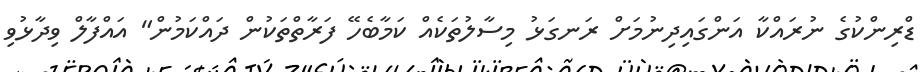
ޑްރިންކުގެ ނުރައްކާ އަންގައިދިނުމަށް ރަނގަޅު މިސާލުތަކެއް ކަމާބެހޭ ފަރާތްތަކުން ދައްކަމުން" އައްފާލް ވިދާޅުވި